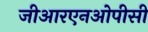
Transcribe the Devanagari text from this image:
जीआरएनओपीसी